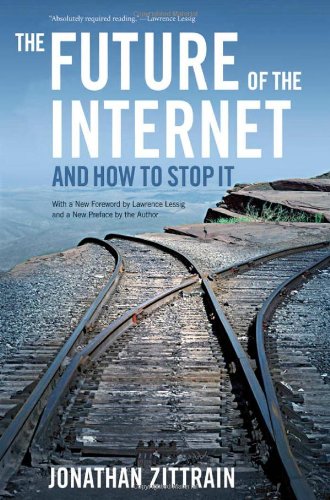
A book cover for The Future of the Internet--And How to Stop It; Jonathan Zittrain; Law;